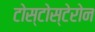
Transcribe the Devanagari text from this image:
टोस्टोस्टेरोन